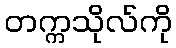
တက္ကသိုလ်ကို